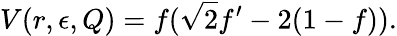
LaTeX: V(r,\epsilon,Q)=f(\sqrt 2f^{\prime}-2(1-f)).